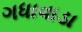
ગધાવાડા